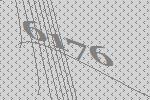
6176